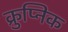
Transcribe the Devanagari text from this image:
क्रुप्निक